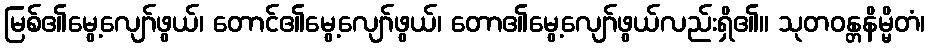
မြစ်၏မွေ့လျော်ဖွယ်၊ တောင်၏မွေ့လျော်ဖွယ်၊ တော၏မွေ့လျော်ဖွယ်လည်းရှိ၏။ သုတဝန္တနိမ္မိတံ၊